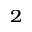
_ 2